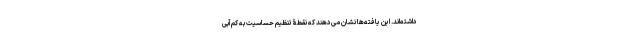
داشته‌اند. این یافته‌ها نشان می‌دهند که نقطۀ تنظیمِ حساسیت به کم‌آبی